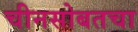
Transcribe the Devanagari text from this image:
चीनसोबतचा